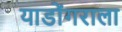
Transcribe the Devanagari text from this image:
याडोंगराला